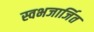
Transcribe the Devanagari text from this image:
स्वभजार्जित